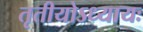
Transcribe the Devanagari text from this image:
तृतीयोऽध्यायः